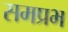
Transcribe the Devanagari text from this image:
समप्रभ